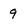
Character: 9